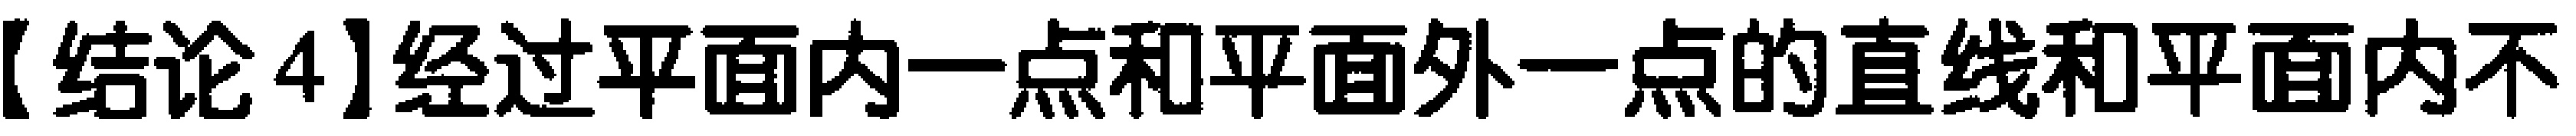
【结论4】经过平面内一点和平面外一点的直线和平面内不